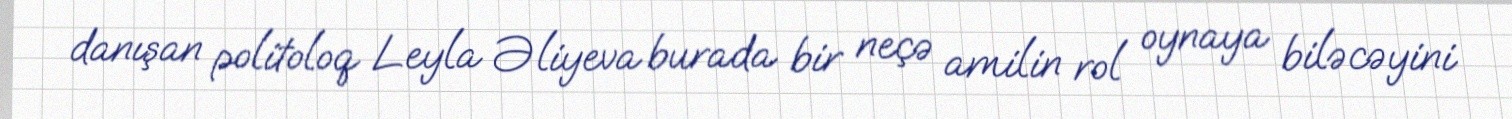
danışan politoloq Leyla Əliyeva burada bir neçə amilin rol oynaya biləcəyini